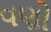
વણો